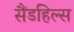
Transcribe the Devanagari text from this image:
सैंडहिल्स